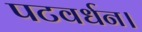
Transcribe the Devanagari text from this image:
पटवर्धन।